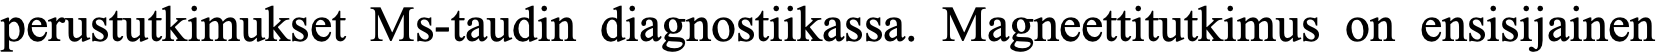
perustutkimukset Ms-taudin diagnostiikassa. Magneettitutkimus on ensisijainen